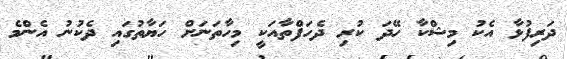
ދަރިފުޅާ އެކު މިޝްކާ ހޭދަ ކުރި ދެހަފްތާއަކީ މިހާތަނަށް ހަޔާތުގައި ދެކުނު އެންމެ